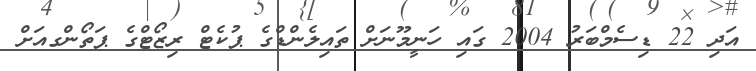
އަދި 22 ޑިސެމްބަރު 2004 ގައި ހަނީމޫނަށް ތައިލެންޑްގެ ޕުކެޓް ރިޒޯޓްގެ ޕަތޯންގއަށް